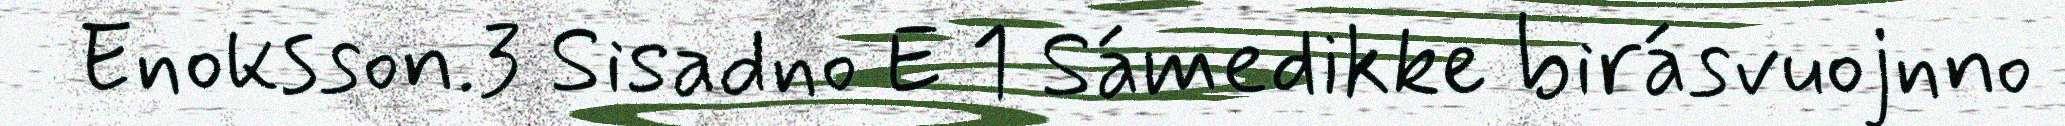
Enoksson.3 Sisadno  1 Sámedikke birásvuojnno